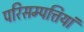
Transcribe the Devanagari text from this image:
परिसम्पत्तियां